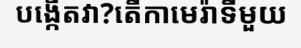
បង្កើតវា?តើកាមេរ៉ាទីមួយ